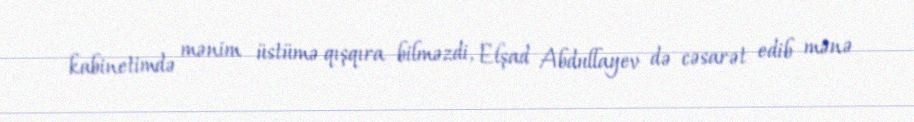
kabinetimdə mənim üstümə qışqıra bilməzdi, Elşad Abdullayev də cəsarət edib mənə